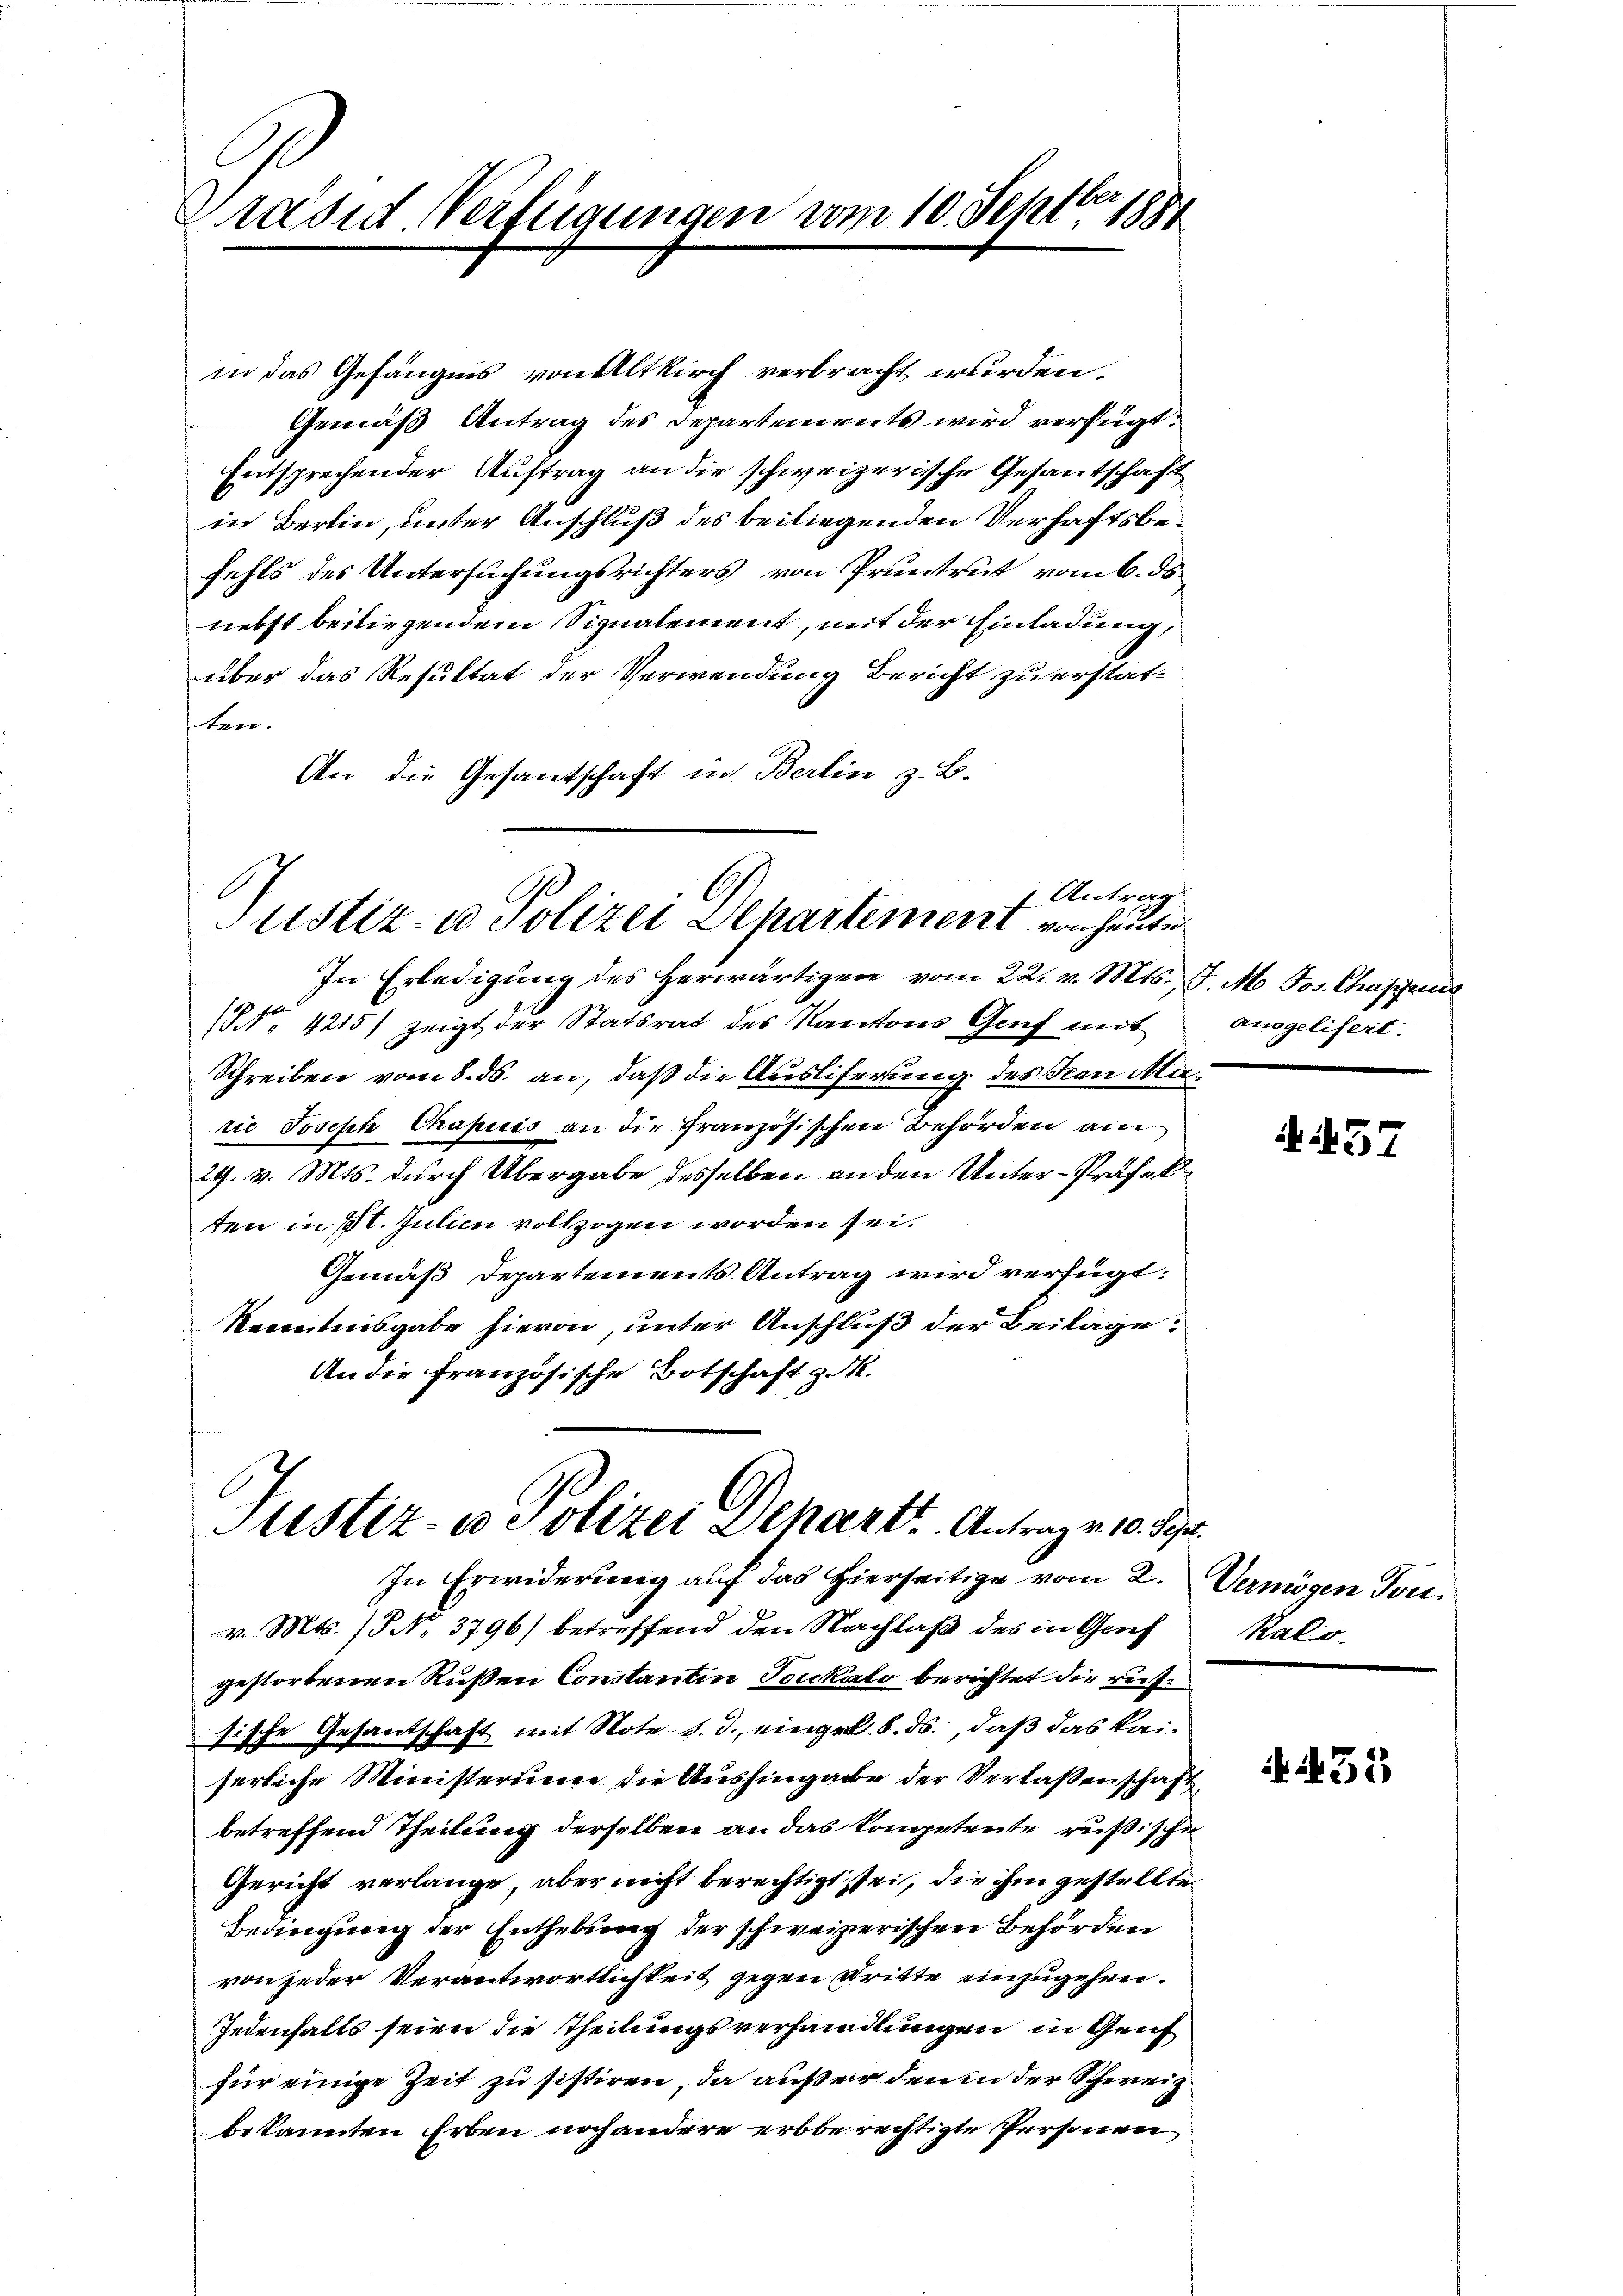
Präses Verfügungen vom 10. Septbr. 1881

in das Gefängnis von Altkirch verbracht wurden.
Gemäß Antrag des Departements wird verfügt:
Entsprechender Auftrag an die schweizerische Gesantschaft
in Berlin, unter Anschluß des beiliegenden Verhaftsbefehls des Untersuchungsrichters von Pruntrut vom 6. ds.
nebst beiliegendem Signalement, mit der Einladung,
über das Resultat der Verwendung Bericht zu erstat-
ten.
An die Gesantschaft in Berlin z. B.

In Erledigung des Herwärtigen vom 22. v. Mts., F. M. Jos. Chassens
(N. 4215) zeigt der Statsrat des Kantons Genf mit
Schreiben vom 8. ds. an, daß die Ausliferung des San Marie Joseph Chapuis an die französischen Behörden am
24. v. Mts. durch Übergabe desselben an den Unter-Präfel
ten in St. Julien vollzogen worden sei.
Gemäß Departements Antrag wird verfügt:
Kenntnisgabe hievon, unter Anschluß der Beilage:
An die Französische Botschaft z. M.

f Antrag
Justiz- u Polizei Departement von heute

Justiz- u Polizei Departe Antrage v. Fr.
In Erwiderung auf das hierseitige vom 2. Vermögen Ton.

v. Mts. / No. 3796) betreffend den Nachlaß des in Genf
gestorbenen Rußen Constantin Tonkalo berichtet die russische Gesantschaft mit Note d. d. eingel. 8. ds., daß das kaiserliche Ministerium die Aushingabe der Verlassenschaft
betreffend Theilung derselben an das Kongetente rußische
Gericht verlange, aber nicht berechtigt sei, die ihm gestellte
Bedingung der Enthebung der schweizerischen Behörden
von jeder Verantwortlichkeit gegen Stritte einzugehen.
Jedenhalts seien die Theilungsverhandlungen in Gruf
für einige Zeit zu sistiren, da außer den in der Schweiz
bekannten Erben noch andere erbberechtigte Personen

ansgelisert.

A.437

Kalo.

51